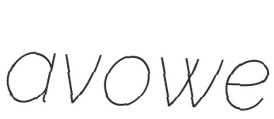
avowe